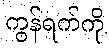
ကွန်ရက်ကို